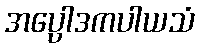
အပ္ပေါဒကပါယသံ